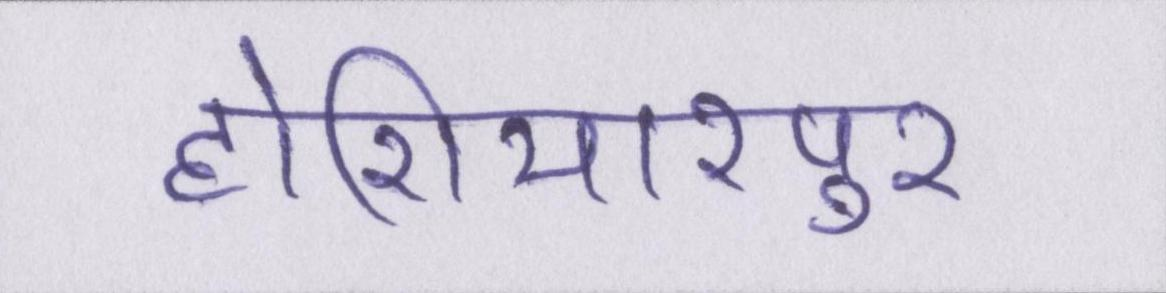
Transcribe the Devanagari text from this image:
होशियारपुर